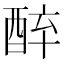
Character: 𨠪